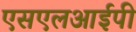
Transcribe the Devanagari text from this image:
एसएलआईपी